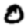
Digit: 0